Scottish Leaving Certificate Examination, 1960
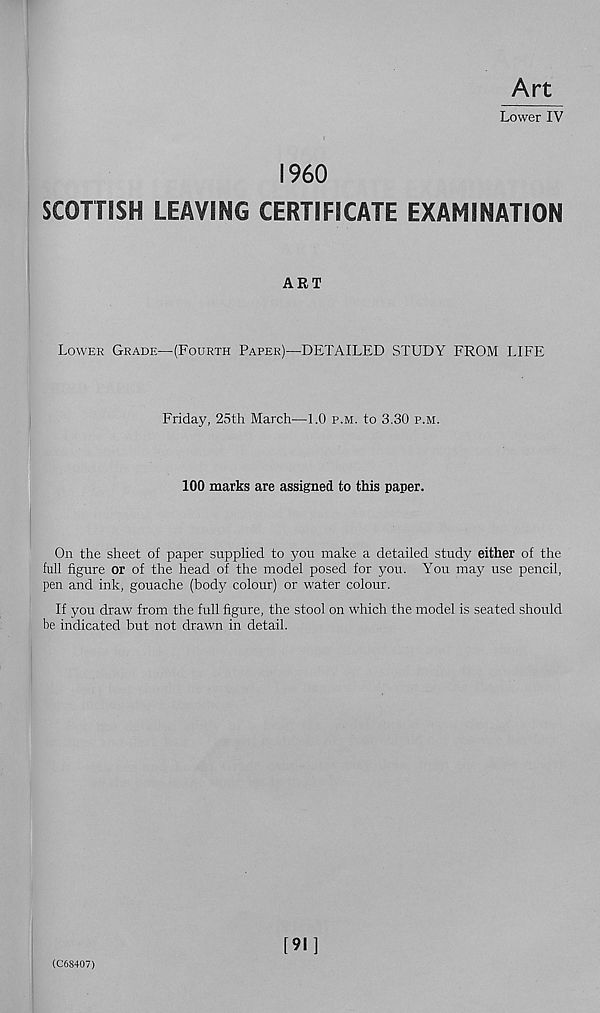
Art
Lower IV
I960
SCOTTISH LEAVING CERTIFICATE EXAMINATION
ART
Lower Grade—(Fourth Paper)—DETAILED STUDY FROM LIFE
Friday, 25th March—1.0 p.m. to 3.30 p.m.
100 marks are assigned to this paper.
On the sheet of paper supplied to you make a detailed study either of the
full figure or of the head of the model posed for you. You may use pencil,
pen and ink, gouache (body colour) or water colour.
If you draw from the full figure, the stool on which the model is seated should
be indicated but not drawn in detail.
(C68407)
[91]